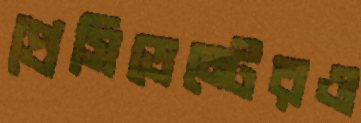
প্রেসিডেন্টেরও